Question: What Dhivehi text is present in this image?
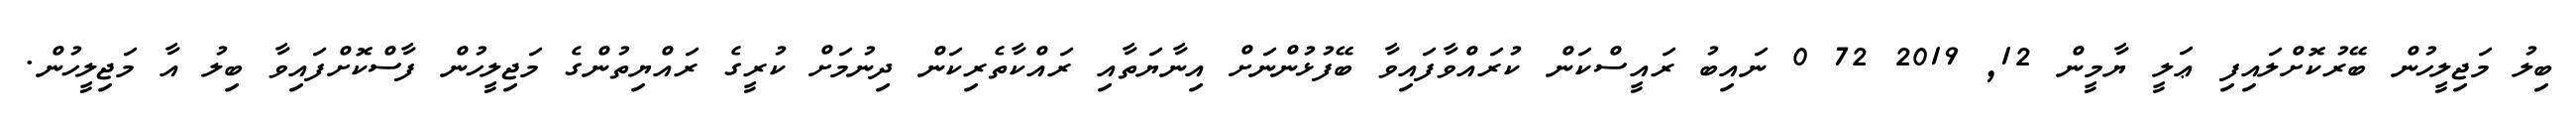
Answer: ބިލު މަޖިލީހުން ބޭރުކޮށްލައިފި ޢަލީ ޔާމީން 12, 2019 72 0 ނައިބު ރައީސްކަން ކުރައްވާފައިވާ ބޭފުޅުންނަށް އިނާޔަތާއި ރައްކާތެރިކަން ދިނުމަށް ކުރީގެ ރައްޔިތުންގެ މަޖިލީހުން ފާސްކޮށްފައިވާ ބިލު އާ މަޖިލީހުން.